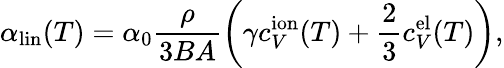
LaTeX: \alpha_{\mathrm{lin}}(T)=\alpha_{0}\frac{\rho}{3BA}\left(\gamma c_{V}^{\mathrm{ion}}(T)+\frac 23c_{V}^{\mathrm{el}}(T)\right),